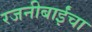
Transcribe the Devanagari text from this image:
रजनीबाईंचा